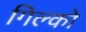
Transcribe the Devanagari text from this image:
गिल्को